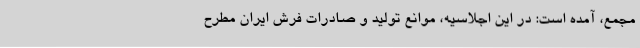
مجمع، آمده است: در این اجلاسیه، موانع تولید و صادرات فرش ایران مطرح